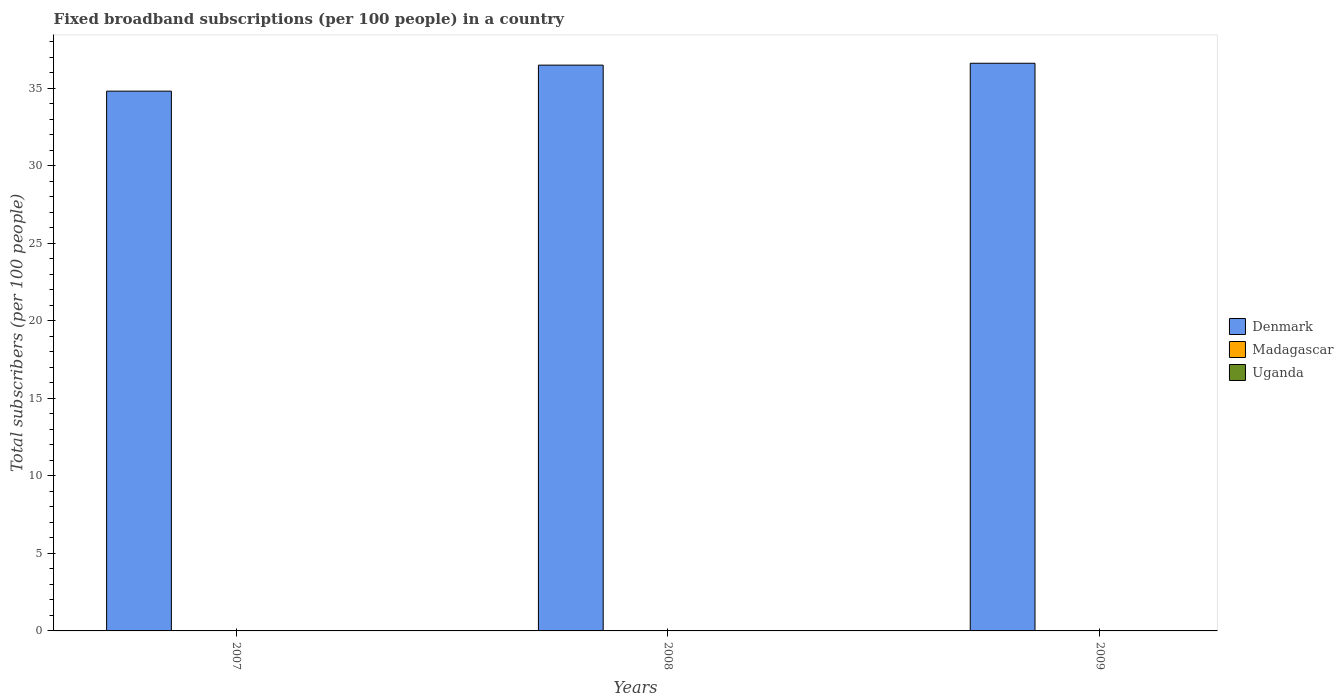
| Years | Denmark | Madagascar | Uganda |
 | --- | --- | --- | --- |
 | 2007 | 34.8 | 0.0122 | 0.00605 |
 | 2008 | 36.5 | 0.0175 | 0.0151 |
 | 2009 | 36.6 | 0.0223 | 0.0183 |